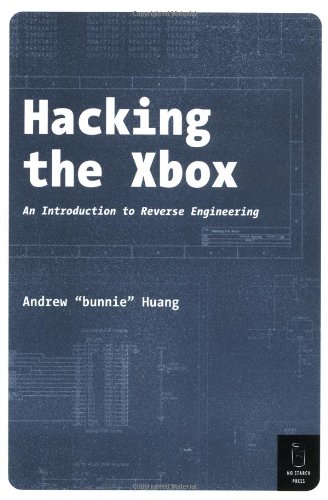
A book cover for Hacking the Xbox: An Introduction to Reverse Engineering; Andrew Huang; Computers & Technology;